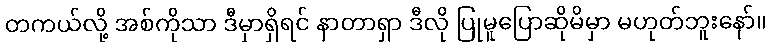
တကယ်လို့ အစ်ကိုသာ ဒီမှာရှိရင် နာတာရှာ ဒီလို ပြုမူပြောဆိုမိမှာ မဟုတ်ဘူးနော်။